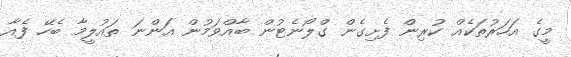
މީގެ އަހަރުތަކެއް ކުރިން ފެށިގެން ގްލޯނެޓުން ބާއްވަމުން އަންނަ ތައުލީމާ ބެހޭ ފެއާ